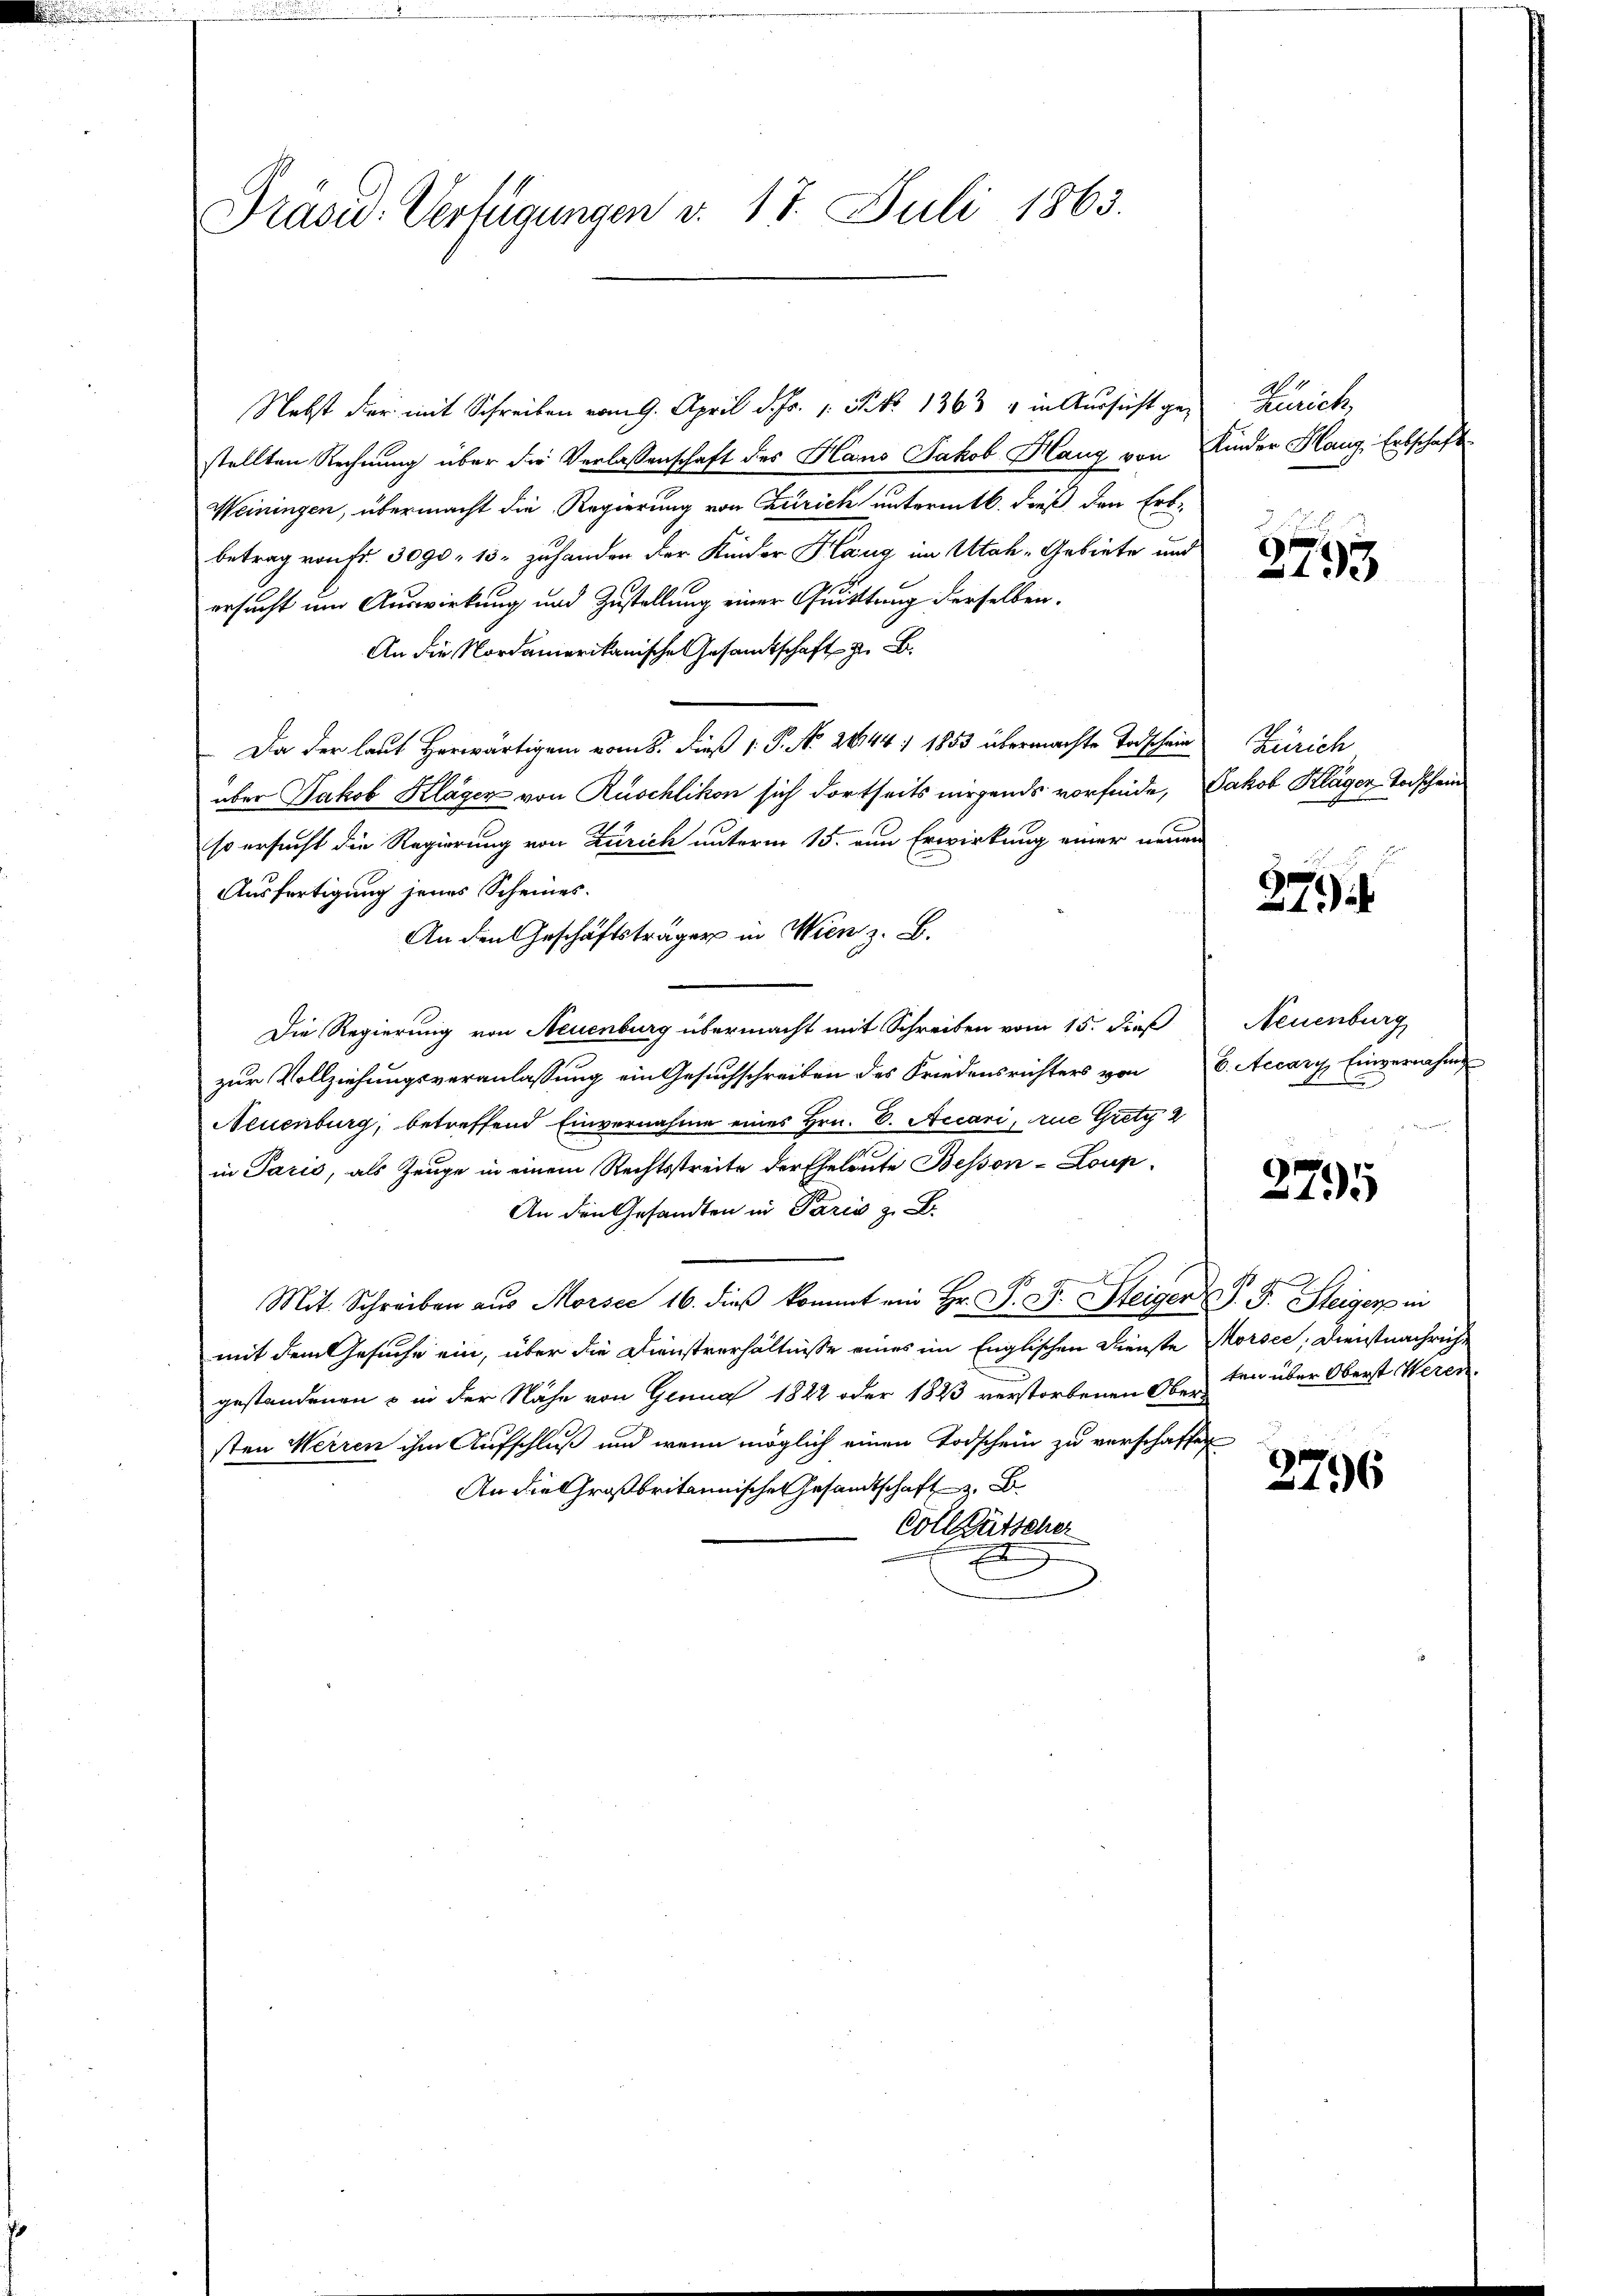
Präsid. Verfügungen d. 17. Juli 1863.

Nebst der mit Schreiben vom 9. April d. Js. 1 Pkt. 1363 & in Aussicht gestellten Rechnung über die Verlassenschaft des Hans Jakob Hang von Kinder Haug, Entschafts-
Weiningen, übermacht die Regierung von Zürich untermitt. dieß den Erbbetrag von Fr. 3090. 13. zu handen der Kinder Hang im Utah-Gebiete und
ersucht und Auswirkung und Zustellung einer Quitttung derselben.
An die Nordamerikanische Gesamtschaft
Da der laut Herwärtigen vom 8. dieß P. No 2644) 1853 übermachte Todschein
über Jakob Kläger von Rüschlikon sich dortseits nirgends vorfinde, Jakob Kläger Todschein
so ersucht die Regierung von Zürich unterm 15. den Erwirkung einer neuen
Ausfertigung jenes Scheines.
An den Geschäftsträger in Wien z. B.
Die Regierung von Neuenburg übermacht mit Schreiben vom 15. dieß
zur Vollziehungsveranlassung ein Gesuchschreiben des Friedensrichters von 6. Accary, Einvernahme
Neuenburg, betreffend Einvernahme eines Hrn. E. Accari, Arne Gretz 2
in Paris, als Zeuge in einem Rechtsstreite der Eheleute Bessen-Loup
An den Gesandten in Paris z. B.
Mit Schreiben aŭs Morsee 16. dieβ kommt ein Hr. P. F. Steiger P. F. Steiger in
mit dem Gesuche ein, über die Dienstverhältnisse eines im Englischen Dienste Morsee; Dienstnachricht
gestandenen – in der Nähe von Grund 1822 oder 1823 verstorbenen Ober den über Oberst Werensten Herren ihm Aufschluß und wenn möglich einen Todschein zu verschaffen
An die Großbritannischen Gesandtschaft
Collgütscher
2

Zürich,

2793

Zürich

279

Neuenburg

3791

2796